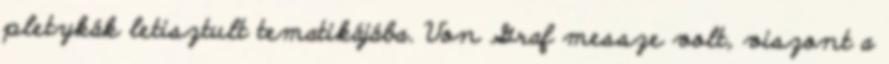
pletykák letisztult tematikájába. Von Graf messze volt, viszont a